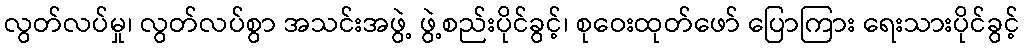
လွတ်လပ်မှု၊ လွတ်လပ်စွာ အသင်းအဖွဲ့ ဖွဲ့စည်းပိုင်ခွင့်၊ စုဝေးထုတ်ဖော် ပြောကြား ရေးသားပိုင်ခွင့်